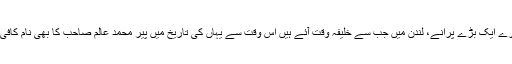
اسی طرح ہمارے ایک بڑے پرانے، لندن میں جب سے خلیفہ وقت آئے ہیں اس وقت سے یہاں کی تاریخ میں پیر محمد عالم صاحب کا بھی نام کافی جانا جاتا ہے۔